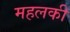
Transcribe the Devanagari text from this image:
महलकी